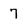
Character: 7